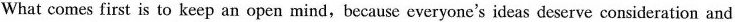
What comes first is to keep an open mind,because everyone's ideas deserve consideration and